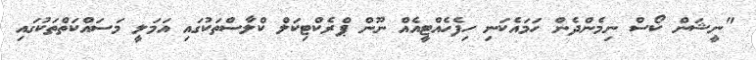
"ނީޝަން ކޯސް ނިމެންދެން ހަމައެކަނި ހިފެހެއްޓީއެއް ނޫން ޕްރެކްޓިކަލް ކްލާސްތަކުގައި އަމަލީ މަސައްކަތްތަކުގައި